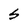
Character: S